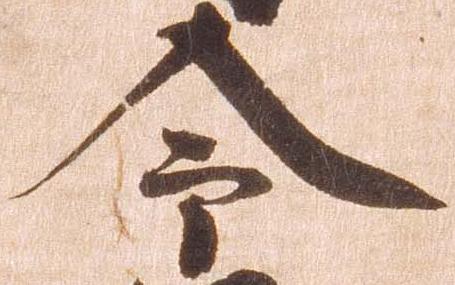
令